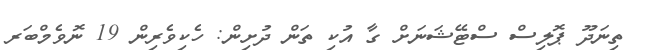
ތިނަދޫ ޕޮލިސް ސްޓޭޝަނަށް ގާ އުކި ތަން ދުށިން: ހެކިވެރިން 19 ނޮވެމްބަރ